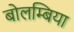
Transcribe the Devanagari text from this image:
बोलम्बिया